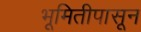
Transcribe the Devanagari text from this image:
भूमितीपासून